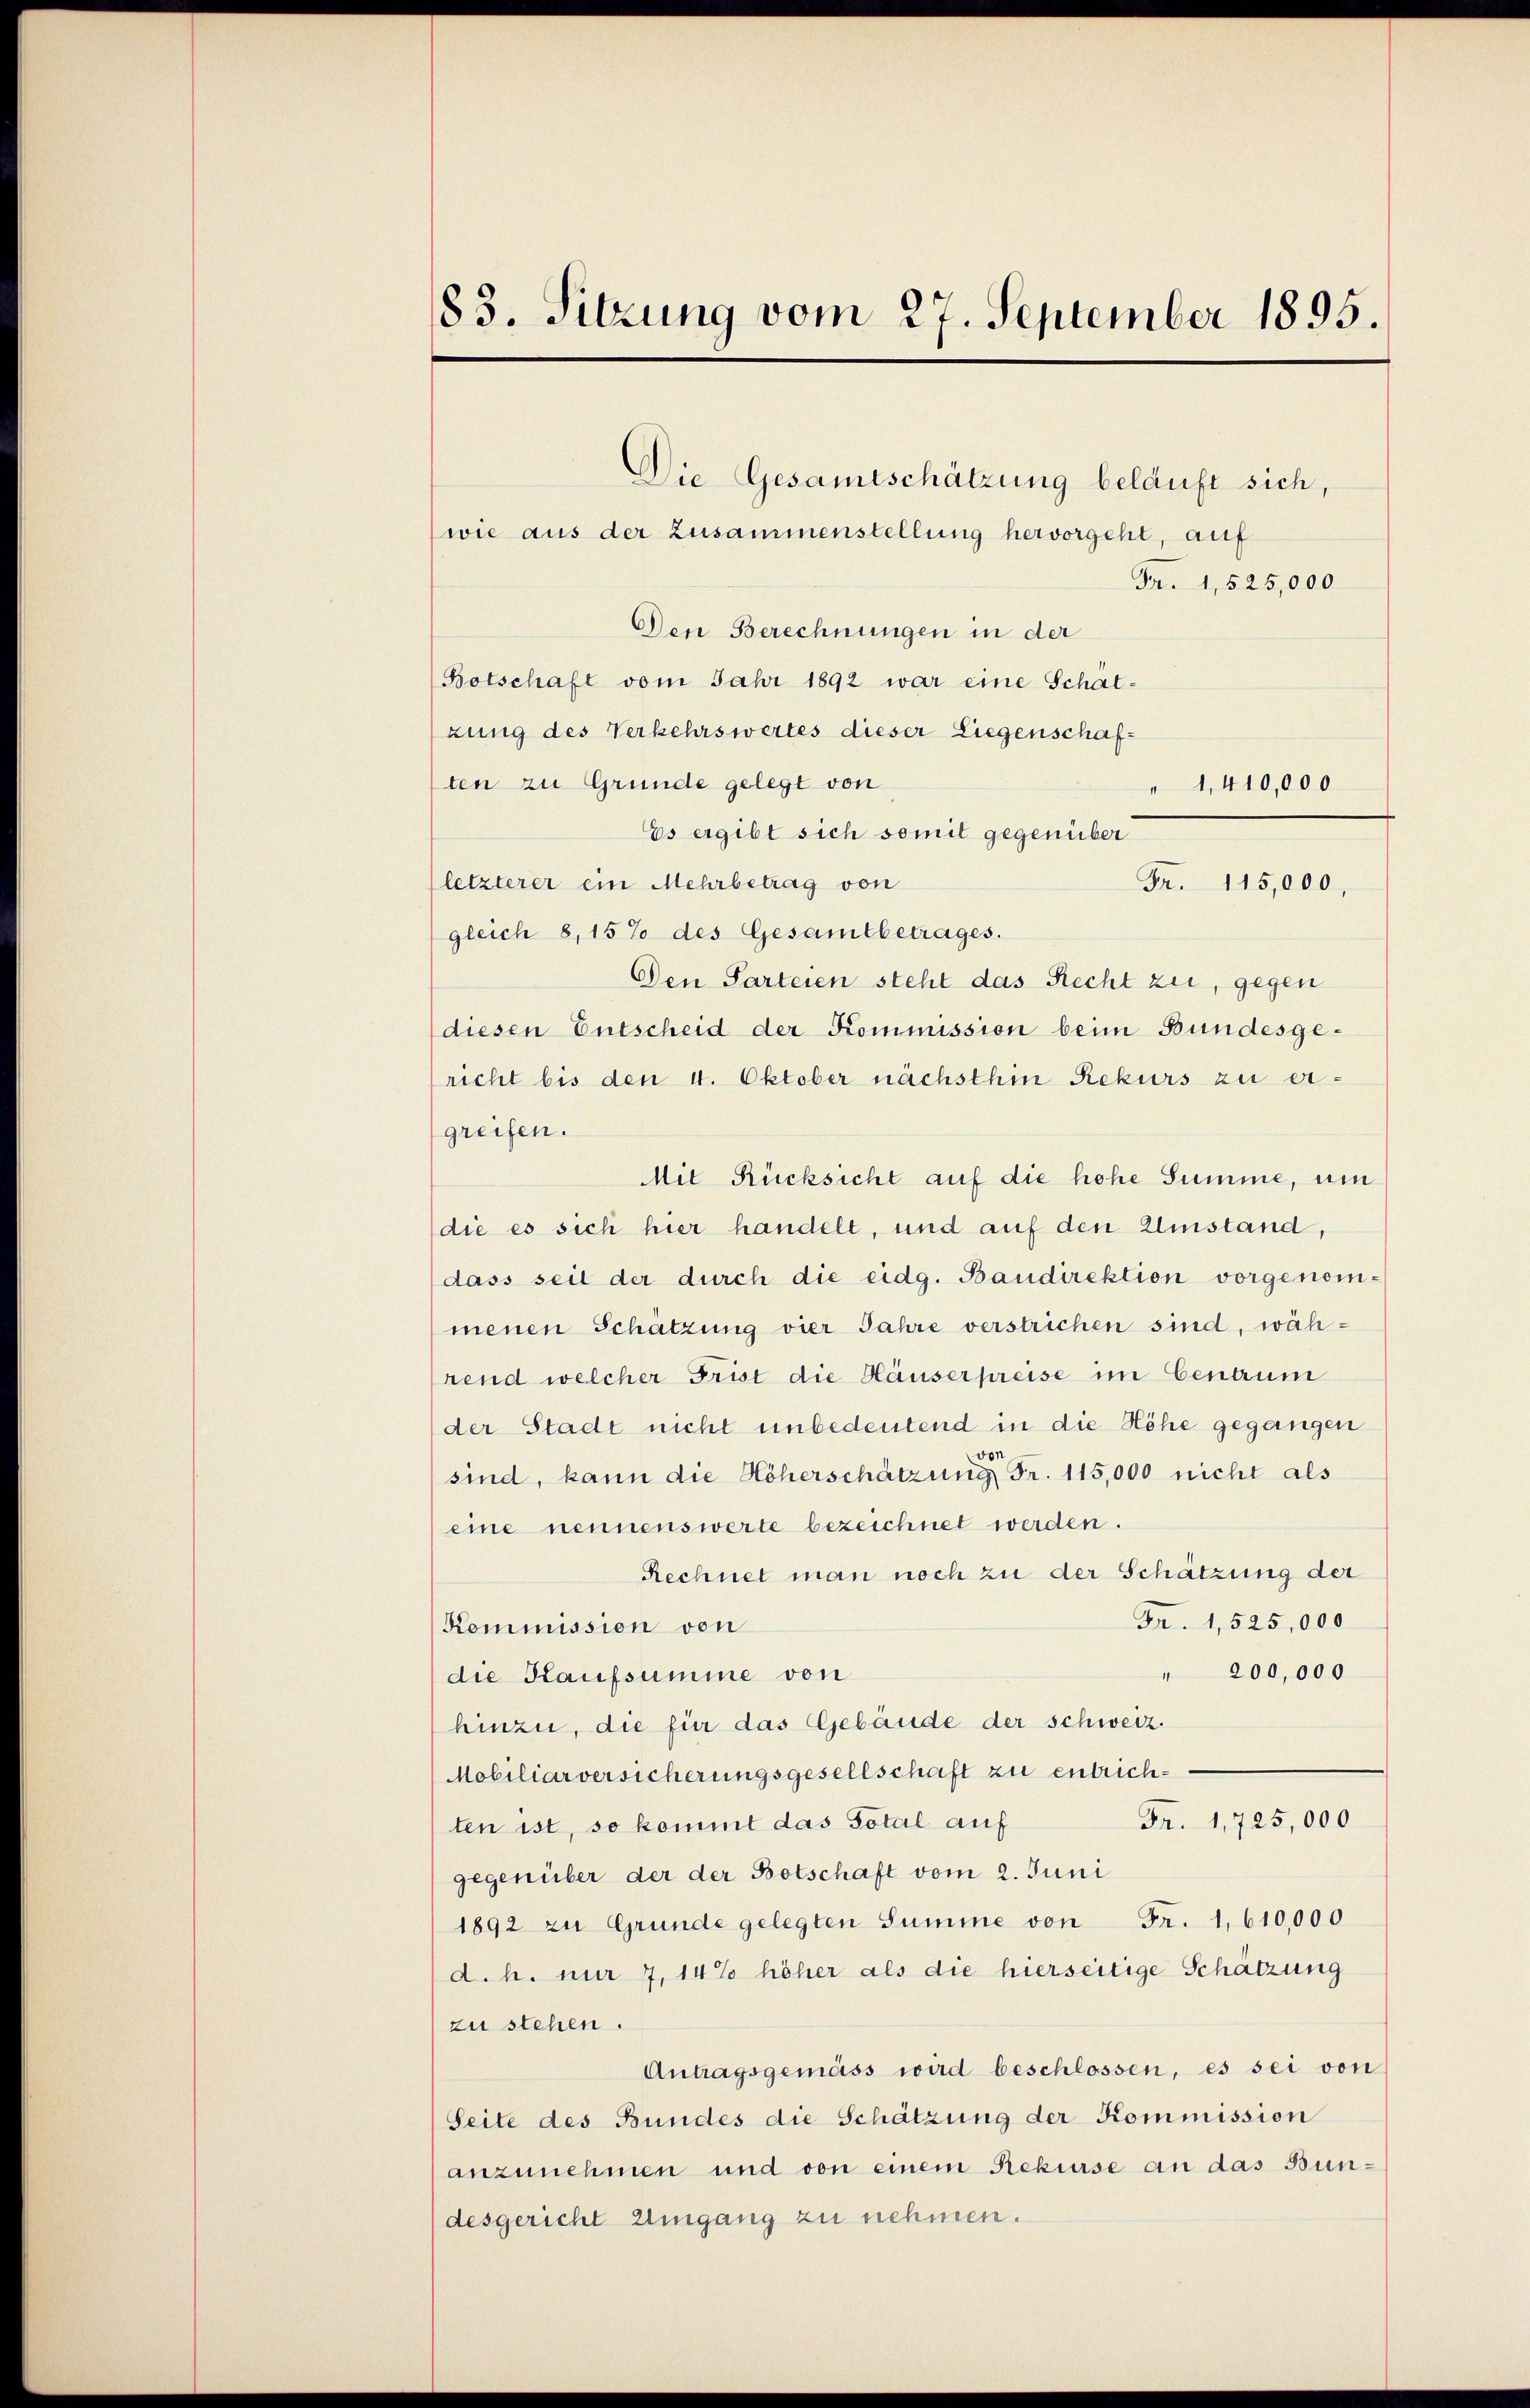
83. Sitzung vom 27. September 1895.

Die Gesamtschätzung beläuft sich,
wie aus der Zusammenstellung hervorgeht, auf
Fr. 1, 525,000
Den Berechnungen in der
Botschaft vom Jahr 1892 war eine Schätzung des Verkehrswertes dieser Liegenschaften zu Grunde gelegt von
" 1,410,000
Es ergibt sich somit gegenüber
letzterer ein Mehrbetrag von
Fr. 115,000,
gleich 8,15% des Gesamtbetrages.
Den Parteien steht das Recht zu, gegen
diesen Entscheid der Kommission beim Bundesgericht bis den 4. Oktober nächsthin Rekurs zu ergreifen.
Mit Rücksicht auf die hohe Summe, um
(die es sich hier handelt, und auf den Umstand,
dass seit der durch die eidg. Baudirektion vorgenommenen Schätzung vier Jahre verstrichen sind, während welcher Frist die Häuserpreise im Centrum
der Stadt nicht unbedeutend in die Höhe gegangen
sind, kann die Höherschätzung Fr. 115,000 nicht als
eine nennenswerte bezeichnet werden.
Rechnet man noch zu der Schätzung der
Fr. 1,525,000
Kommission von
" 200,000
die Kaufsumme von
hinzu, die für das Gebäude der schweiz.
Mobiliarversicherungsgesellschaft zu entrich¬
Fr. 1,725,000
ten ist, so kommt das Total auf
gegenüber der der Botschaft vom 2. Juni
1892 zu Grunde gelegten Summe von Fr. 1,610,000
d. h. nur 7,14% höher als die hierseitige Schätzung
zu stehen.
Antragsgemäss wird beschlossen, es sei von
Seite des Bundes die Schätzung der Kommission
anzunehmen und von einem Rekurse an das Bundesgericht Umgang zu nehmen.